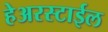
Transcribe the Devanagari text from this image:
हेअरस्टाईल